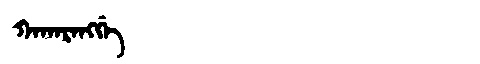
Manchu: ᡴᠠᡴᠠᡵᠠᠩᡤᡝ
Romanization: KAKARANGGE